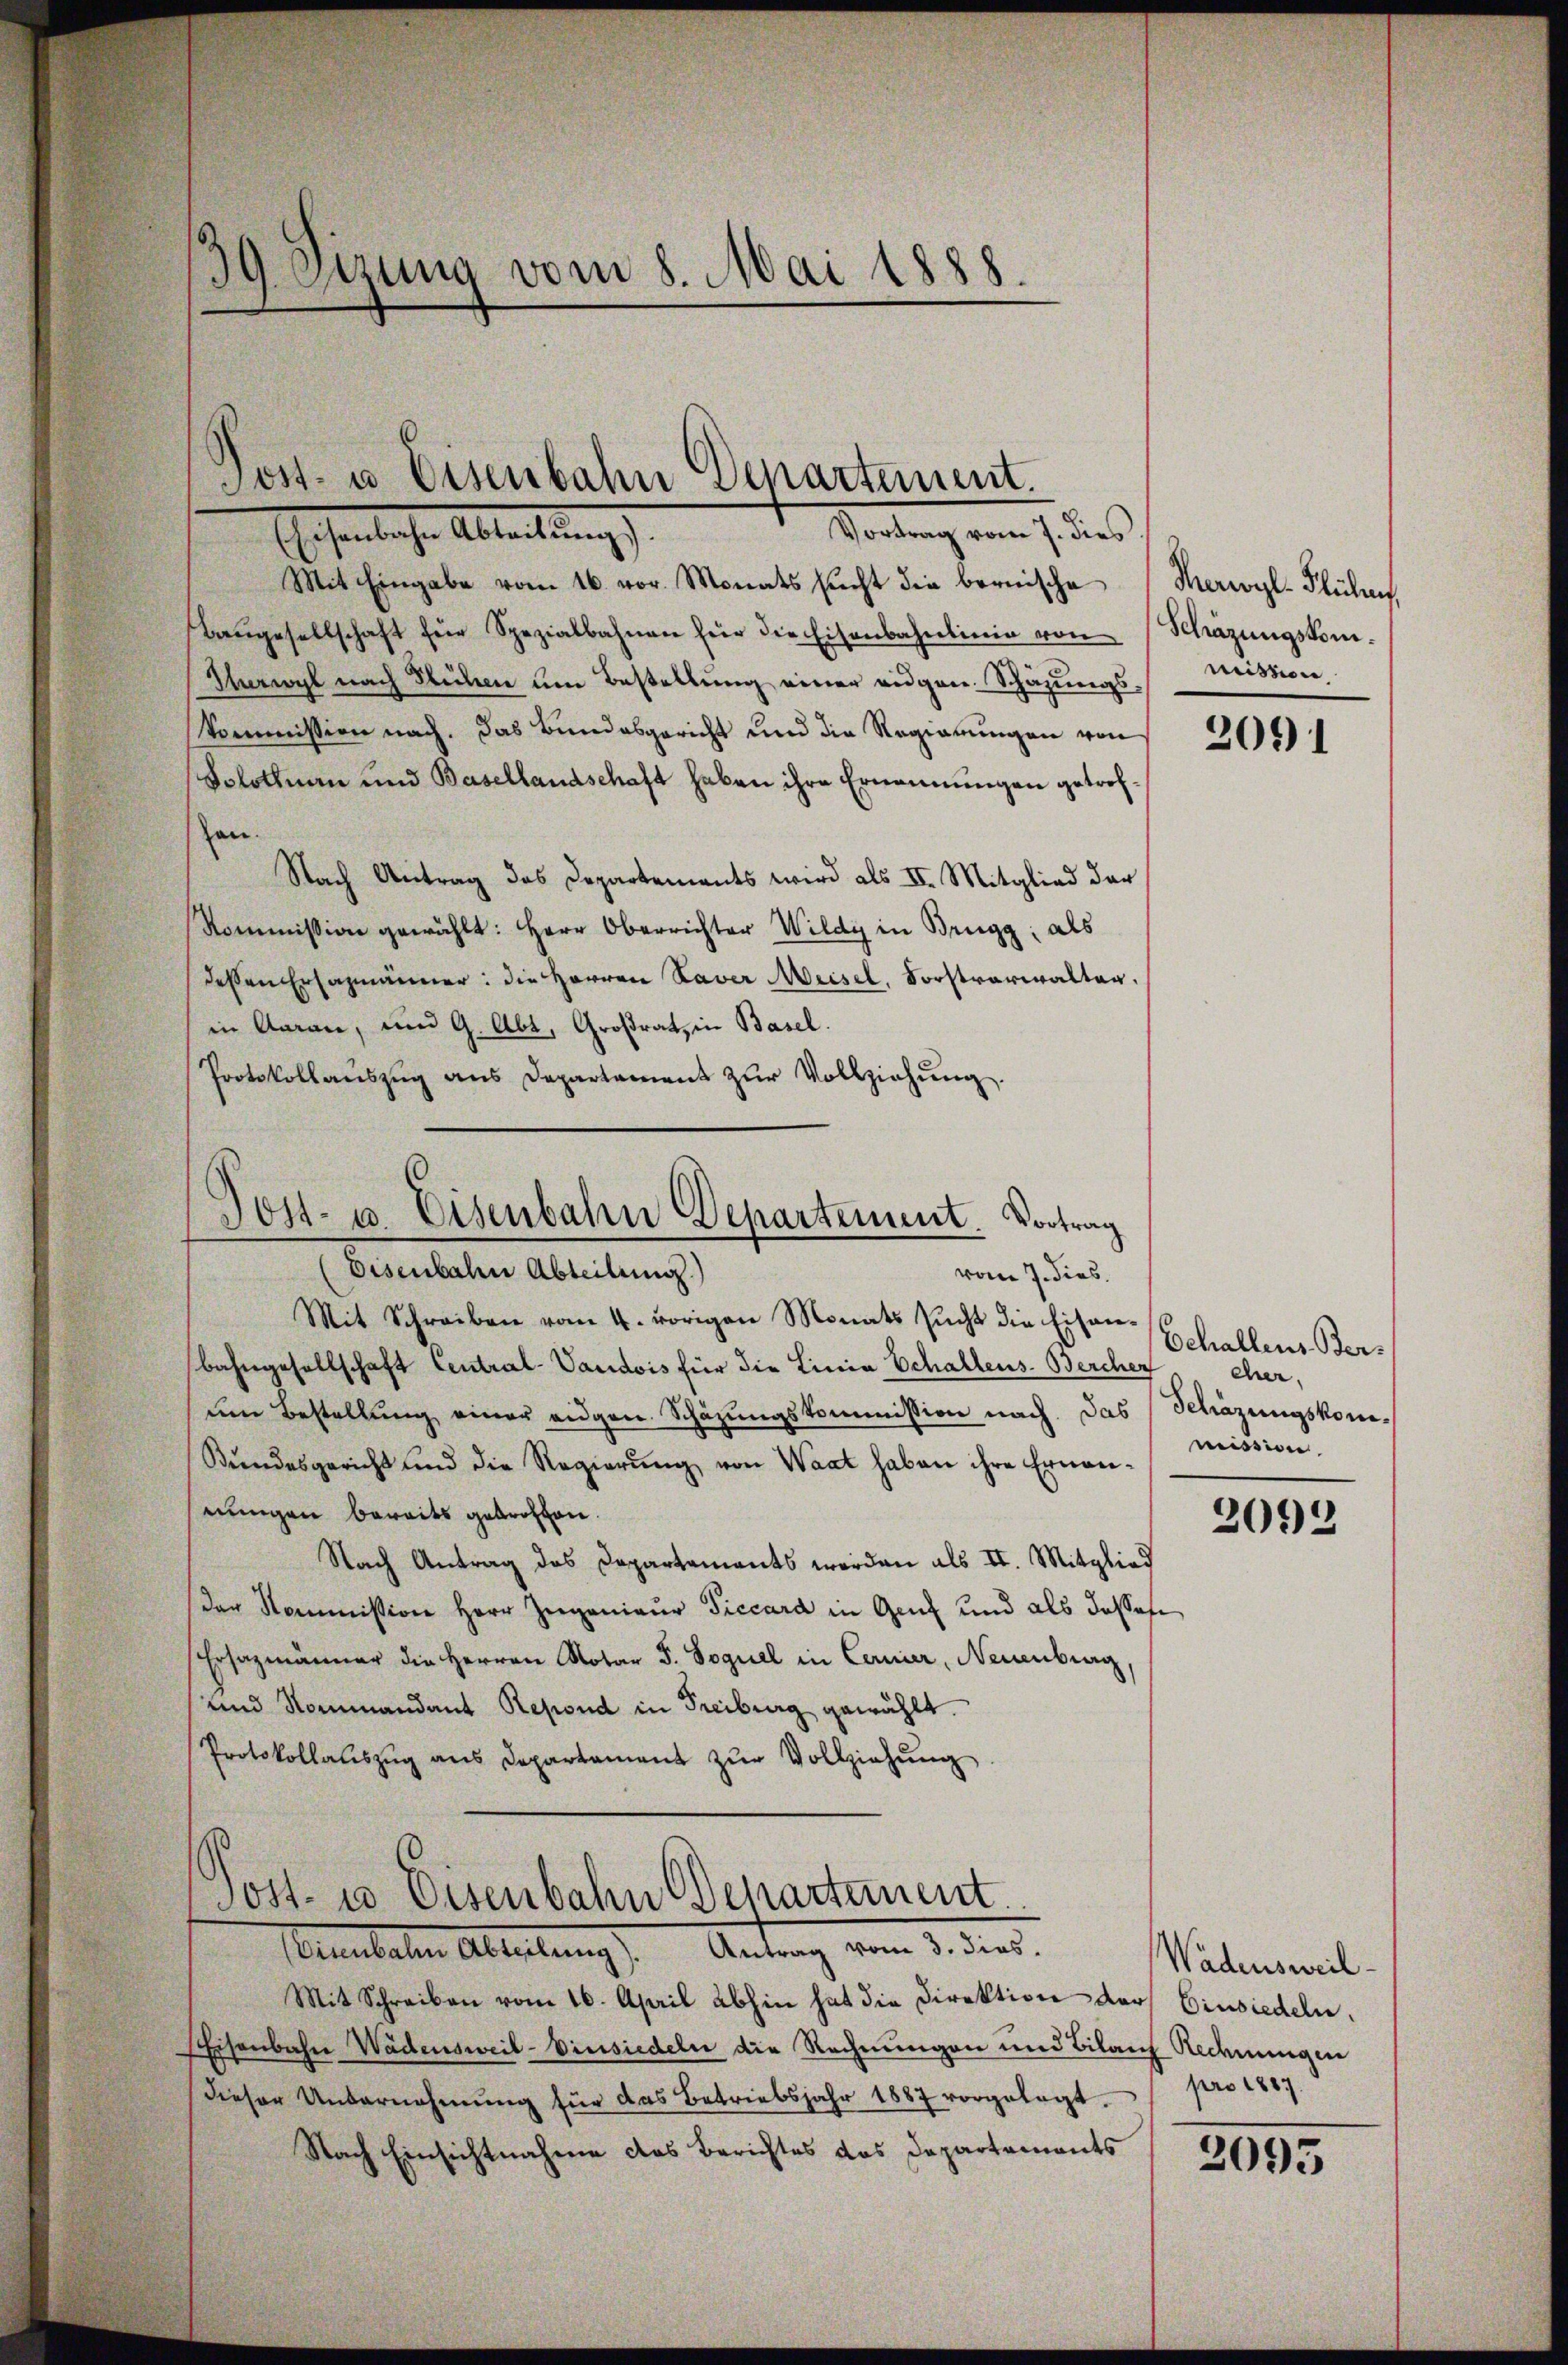
39. Sizung vom 8. Mai 1888.

Post- u. Eisenbahn Departement.
Vortrag vom 7. dies
Eschenliche Ableitung

Mit Eingabe vom 16. vor. Monats sucht die bernische
Baŭgesellschaft für Spezialbahnen für die Eisenbahnlinie von Schazungskom-
Surwyl nach Seitern um Bestellung einer eidgen. Schazungs-
Commission nach. Das Bundesgericht und die Regierungen von
Solothurn und Basellandschaft haben ihre Ernennungen getrofhan.
Nach Antrag das Departements wird als II. Mitglied der
Kommission gewählt: Herr Oberrichter Wildy in Brugg, als
dessen Ersazmänner: die Herren Saver Meisel. Forstverwaltag,
(in Aarau, und G. Abt. Großrat, in Basel.
Protokollaŭszŭg ans Departament zŭr Vollziehŭng.

Jost- u. Eisenbahn Departement. Vortrag
Eisenbahn Abteilung.)
vom 7. dies

Mit Schreiben vom 4. vorigen Monats sucht die Eisanbahngesellschaft Central-Vaudois für die Linia Schallens-Bercher
um Bestellŭng einer eidgen. Schätzungskommission nach das Schazungskom¬
Bundesgericht und die Regierŭng von Waat haben ihre Ernen-
einnigen bereits gebrotton.
Nach Antrag des Departements worden als II. Mitglied
der Kommission Herr Zügenieur Siccard in Genf und als dasses
Ehrsazmänner die Herren Notar J. Soguel in Cerier, Neuenburg,
und Nommandant Repond in Freiburg gewählt.
Protokollaŭszŭg ans Departament zŭr Vollziehŭng

Jost- 10 Eisenbahn Departement.
Baubalten Ablehnung Antrag vom 2. des

Mit Schreiben vom 16. April abhin hat die Direktion der Einsiedeln.
Eisenbahn Wädensweil-Vinsiedeln die Rechnungen und Bilanz Redenungen
dieser Unternehmung für das Betriebsjahr 1887 vorgelegt.
Nach Einsichtnahme das Berichtes das Departements

Merwyl-Flühen.
mission.

2091

behallens Bereher.
mission

2093

Wadensweil
pro 1887.

2095